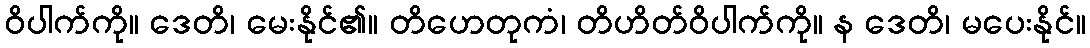
ဝိပါက်ကို။ ဒေတိ၊ မေးနိုင်၏။ တိဟေတုကံ၊ တိဟိတ်ဝိပါက်ကို။ န ဒေတိ၊ မပေးနိုင်။